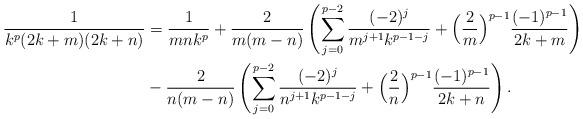
LaTeX: \begin{align*}\frac{1}{k^p (2k+m)(2k+n)} & = \frac{1}{m n k^p} + \frac{2}{m (m-n)}\left ( \sum_{j=0}^{p-2} \frac{(-2)^j }{m^{j+1} k^{p-1-j}}+ \Big ( \frac{2}{m}\Big )^{p-1} \frac{(-1)^{p-1}}{2k+m}\right ) \\& - \frac{2}{n (m-n)}\left ( \sum_{j=0}^{p-2} \frac{(-2)^j }{n^{j+1} k^{p-1-j}}+ \Big ( \frac{2}{n}\Big )^{p-1} \frac{(-1)^{p-1}}{2k+n}\right ).\end{align*}